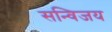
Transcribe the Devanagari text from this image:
सन्विजय